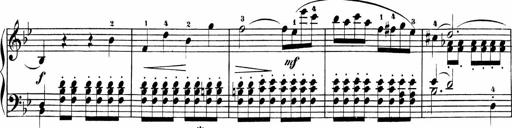
Title: Sonatinas
Composer: Andrew Violette